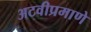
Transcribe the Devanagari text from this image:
अटवीप्रमाणे